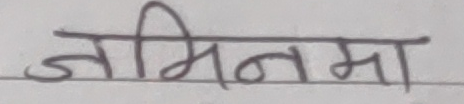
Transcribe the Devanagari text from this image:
जमिननमा